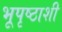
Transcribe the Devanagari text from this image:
भूपृष्ठाशी